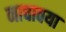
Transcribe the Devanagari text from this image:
नाचावया